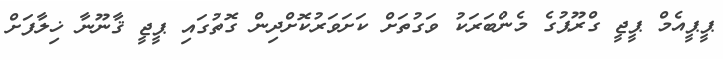
ޕީޕީއެމް ޕީޖީ ގްރޫޕުގެ މެންބަރަކު ވަގުތަށް ކަށަވަރުކޮށްދިން ގޮތުގައި ޕީޖީ ޤާނޫނާ ޚިލާފަށް